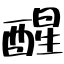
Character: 醒